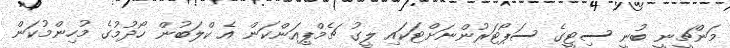
މަންޗީނީ ބުނީ ސިޓީގެ ސަޕޯޓަރުންނަށްޓަކައި ލީގު ޗެމްޕިއަންކަން އެ ކްލަބުން ހޯދުމުގެ މުހިންމުކަން